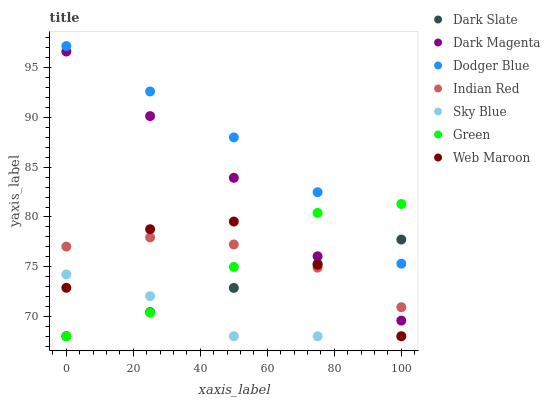
| xaxis_label | Dark Slate | Dark Magenta | Dodger Blue | Indian Red | Sky Blue | Green | Web Maroon |
 | --- | --- | --- | --- | --- | --- | --- | --- |
 | 0 | 68 | 96.6 | 97.2 | 77 | 74.2 | 68 | 72.9 |
 | 25 | 70.4 | 90.1 | 92.6 | 77.9 | 72 | 70.4 | 78.8 |
 | 50 | 72.9 | 83.9 | 88 | 77.2 | 68 | 75 | 79.5 |
 | 75 | 75.3 | 76 | 82.5 | 74.9 | 68 | 80.4 | 75.2 |
 | 100 | 77.7 | 69.6 | 75.3 | 70.9 | 68 | 81.3 | 68 |